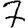
Digit: 7